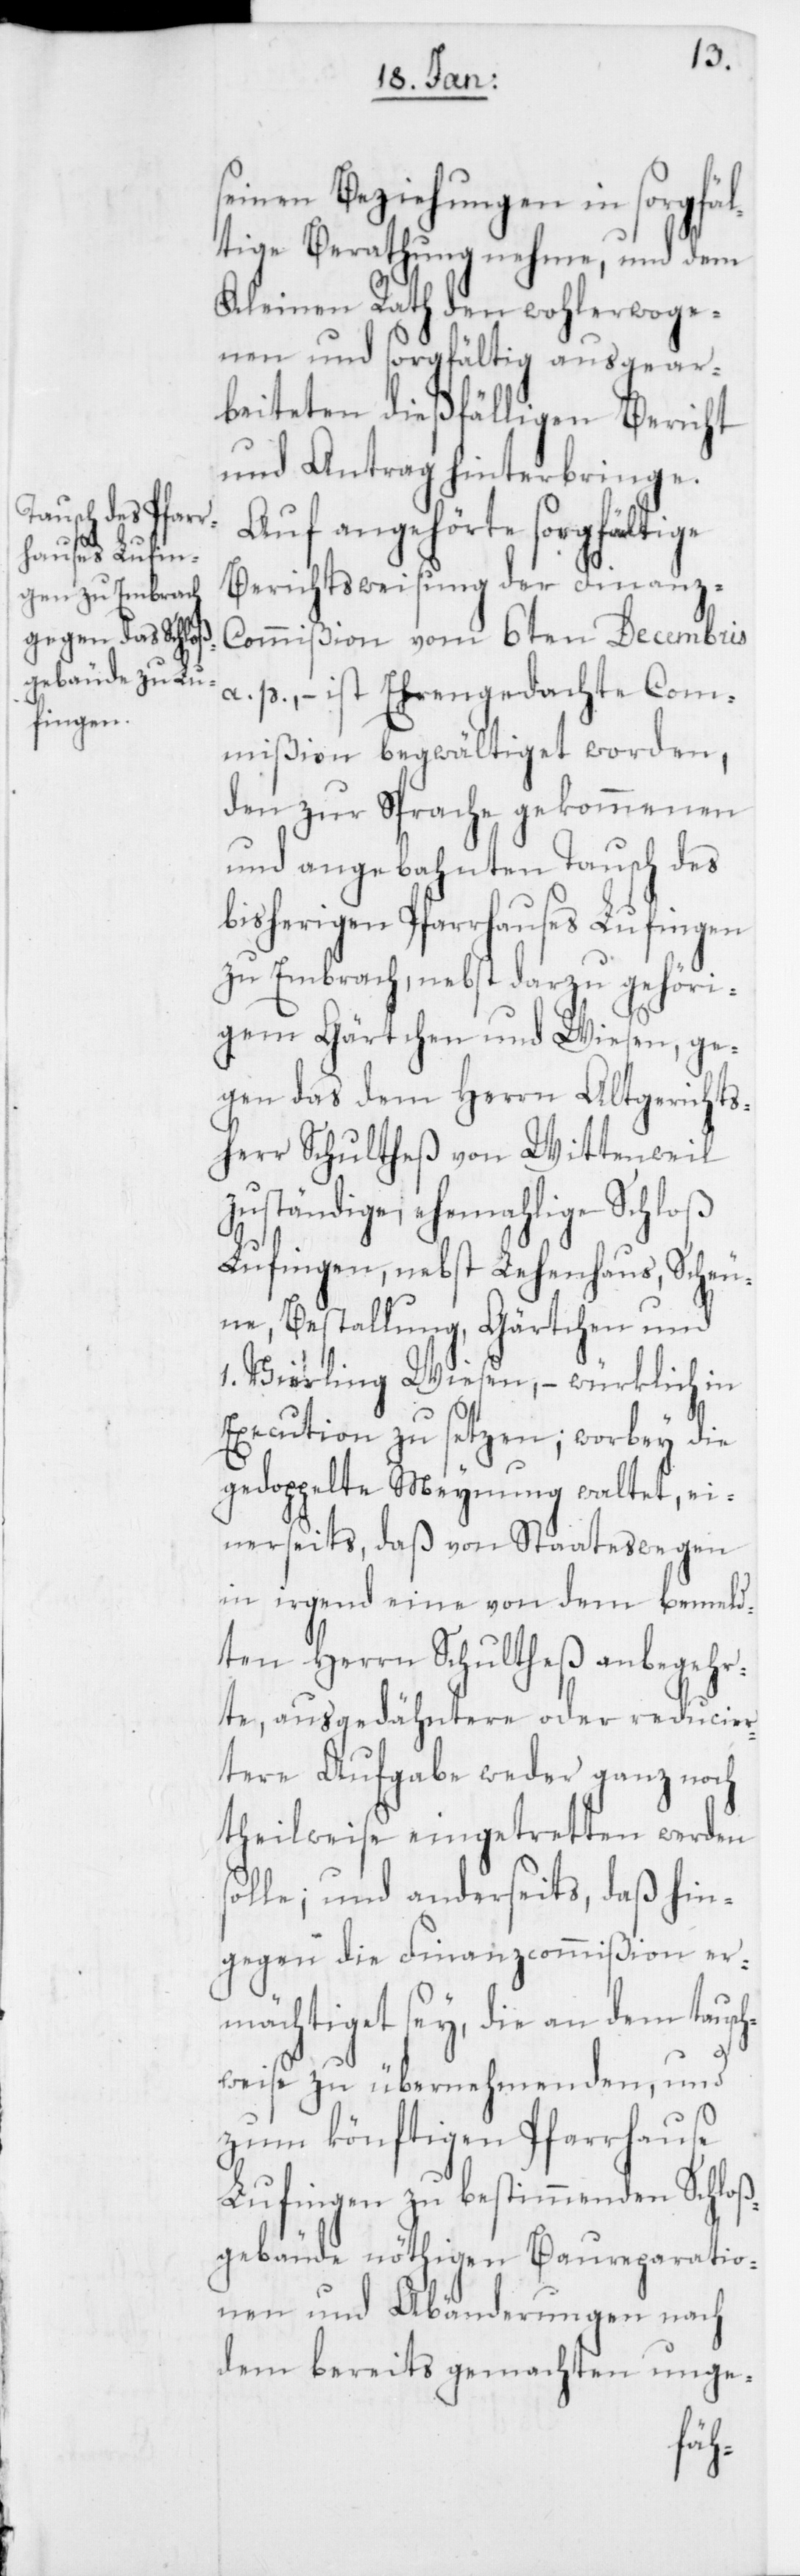
seinen Beziehungen in sorgfäl¬
tige Berathung nehme, und dem
Kleinen Rath den wohlerwoge¬
nen und sorgfältig ausgear¬
beiteten dießfälligen Bericht
und Antrag hinterbringe.
Auf angehörte sorgfältige
Berichtsweisung der Finan¬
z-Commißion vom 6ten Decembris
a. p., – ist Ehrengedachte Com¬
mißion begwältiget worden,
den zur Sprache gekommenen
und angebahnten Tausch des
bisherigen Pfarrhauses Lufingen
zu Embrach, nebst darzu gehöri¬
gem Gärtchen und Wiesen, ge¬
gen das dem Herrn Altgerichts¬
herr Schultheß von Wittenweil
zuständige, ehemalige Schloß
Lufingen, nebst Lehenhaus, Scheu¬
ne, Bestallung, Gärtchen und
1. Vierling Wiesen, – würklich in
Execution zu setzen, worbey die
gedoppelte Meynung waltet, ei¬
nerseits, daß von Staates wegen
in irgend eine von dem bemeld¬
ten Herrn Schultheß anbegehr¬
te, ausgedähntere oder reducier¬
tere Aufgabe weder ganz noch
theilweise eingetretten werden
solle; und anderseits, daß hin¬
gegen die Finanzcommißion er¬
mächtiget sey, die an dem tausch¬
weise zu übernehmenden, und
zum könftigen Pfarrhause
Lufingen zu bestimmenden Schloß¬
gebäude nöthigen Baureparatio¬
nen und Abänderungen nach
dem bereits gemachten unge-